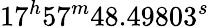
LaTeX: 17^{h}57^{m}48.49803^{s}